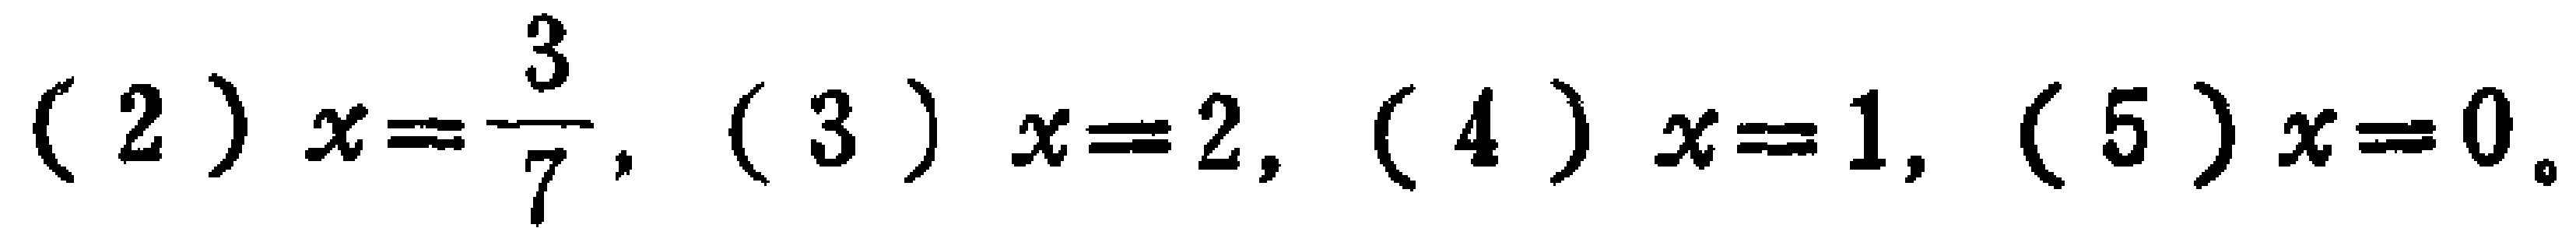
(2) \(x = \frac{3}{7}\), (3) \(x = 2\), (4) \(x = 1\), (5) \(x = 0\)。